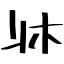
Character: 牀